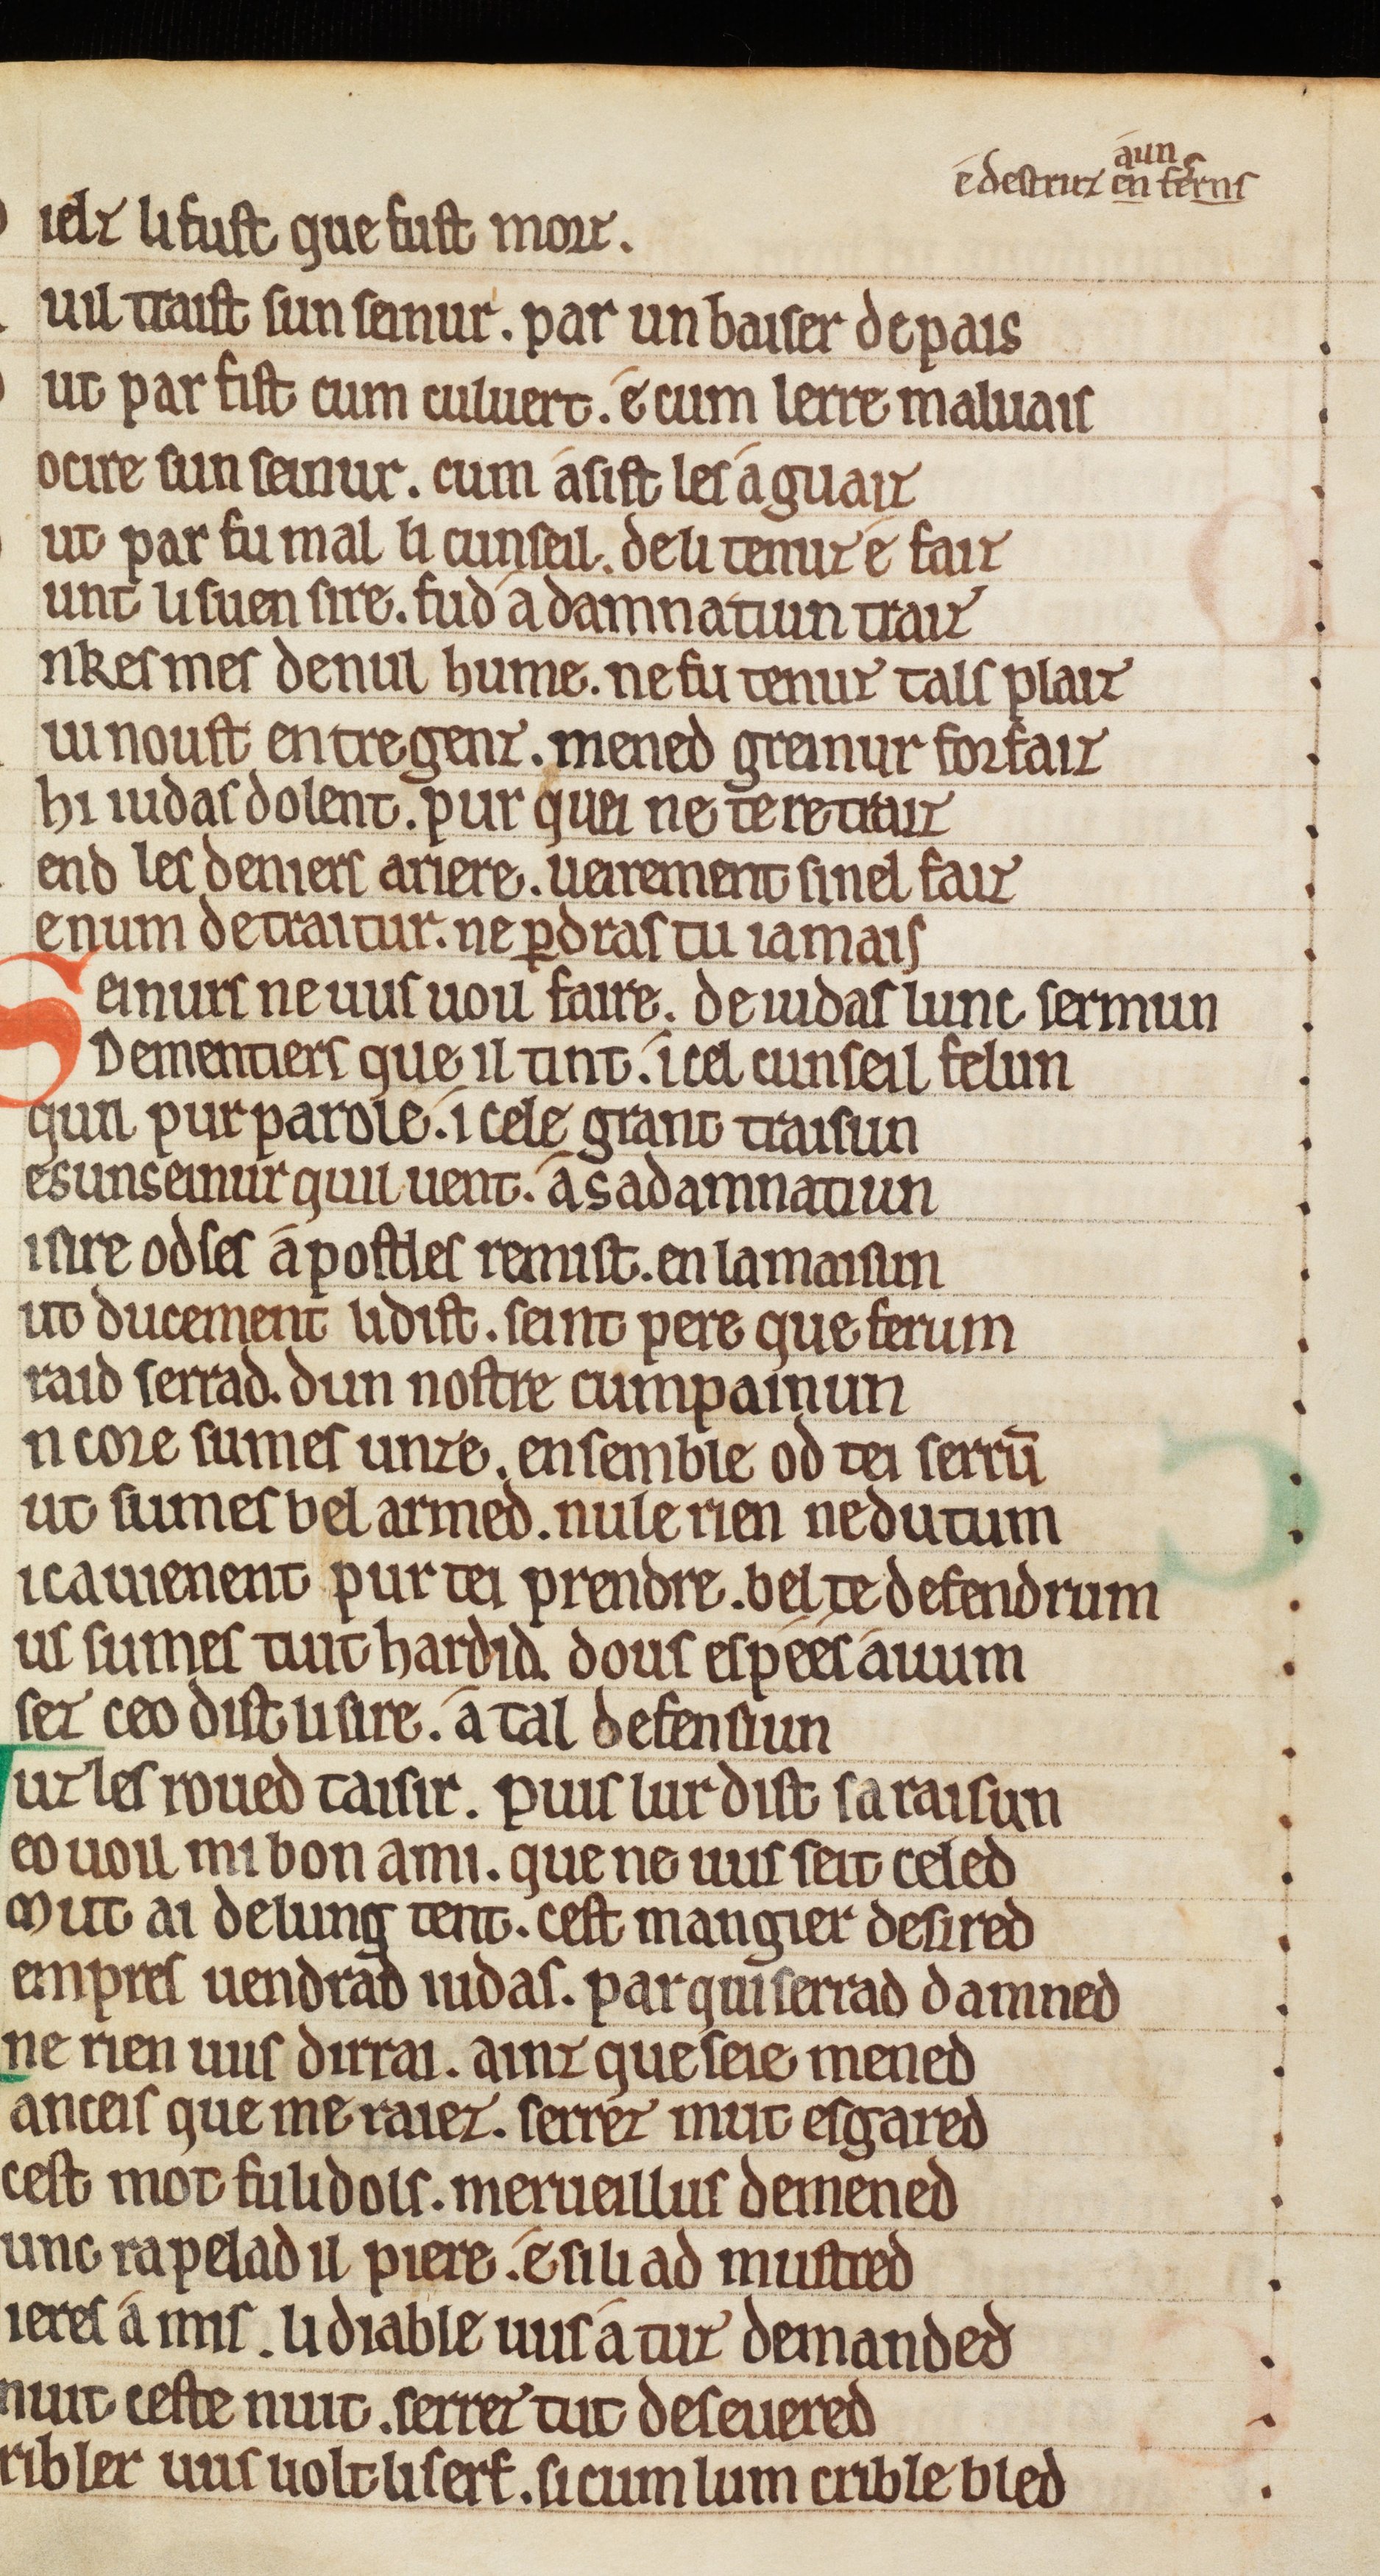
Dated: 1175–1199